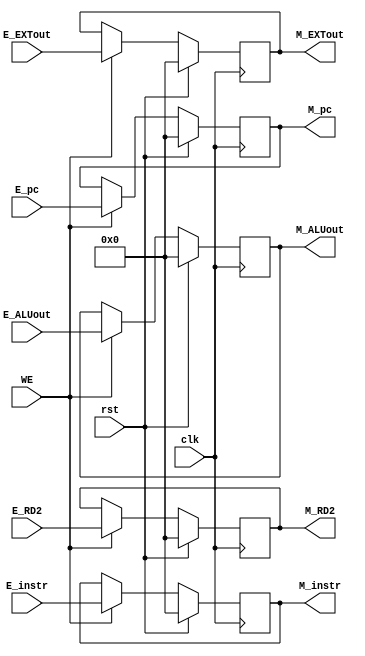
module M_REG (
    input clk,
    input rst,
    input WE,
    input [31:0] E_instr,
    input [31:0] E_pc,
    input [31:0] E_EXTout,
    input [31:0] E_ALUout,
    input [31:0] E_RD2,
    output reg [31:0] M_instr,
    output reg [31:0] M_pc,
    output reg [31:0] M_EXTout,
    output reg [31:0] M_ALUout,
    output reg [31:0] M_RD2
    );

    always @(posedge clk) begin
        if(rst) begin
            M_instr <= 0;
            M_pc <= 0;
            M_EXTout <= 0;
            M_ALUout <= 0;
            M_RD2 <= 0;
        end else if(WE) begin
            M_instr <= E_instr;
            M_pc <= E_pc;
            M_EXTout <= E_EXTout;
            M_ALUout <= E_ALUout;
            M_RD2 <= E_RD2;
        end
    end
    
endmodule